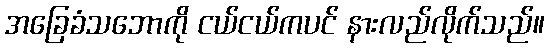
အခြေခံသဘောကို ငယ်ငယ်ကပင် နားလည်လိုက်သည်။